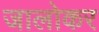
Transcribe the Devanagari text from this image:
जालोकर